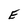
Character: E